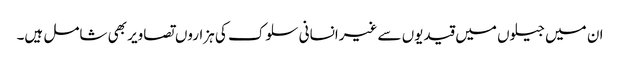
ان میں جیلوں میں قیدیوں سے غیرانسانی سلوک کی ہزاروں تصاویر بھی شامل ہیں۔